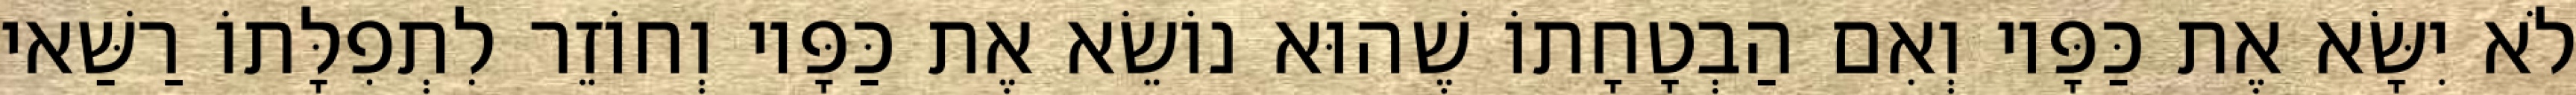
לֹא יִשָּׂא אֶת כַּפָּיו וְאִם הַבְטָחָתוֹ שֶׁהוּא נוֹשֵׂא אֶת כַּפָּיו וְחוֹזֵר לִתְפִלָּתוֹ רַשַּׁאי